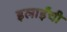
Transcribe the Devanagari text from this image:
इलाईंची